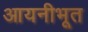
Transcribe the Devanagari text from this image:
आयनीभूत